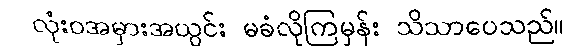
လုံးဝအမှားအယွင်း မခံလိုကြမှန်း သိသာပေသည်။